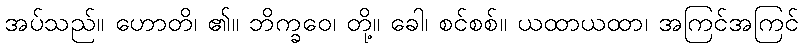
အပ်သည်။ ဟောတိ၊ ၏။ ဘိက္ခဝေ၊ တို့။ ခေါ၊ စင်စစ်။ ယထာယထာ၊ အကြင်အကြင်